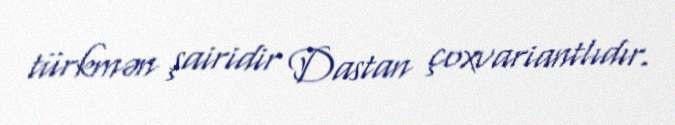
türkmən şairidir Dastan çoxvariantlıdır.